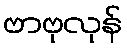
ဗာဗုလုန်